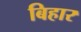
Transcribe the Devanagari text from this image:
बिहार